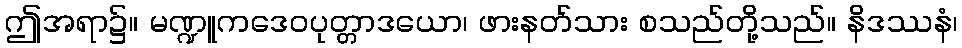
ဤအရာ၌။ မဏ္ဍူကဒေဝပုတ္တာဒယော၊ ဖားနတ်သား စသည်တို့သည်။ နိဒဿနံ၊